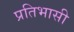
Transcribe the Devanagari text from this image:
प्रतिभासी